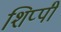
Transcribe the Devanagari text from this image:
शिप्पी